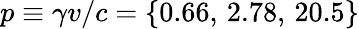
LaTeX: p\equiv\gamma v/c=\{ 0.66,\, 2.78,\, 20.5\}